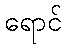
ရောင်